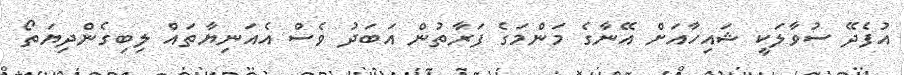
އުފެދޭ ސުވާލަކީ ޝައިހާއަށް އޭނާގެ މަންމަގެ ފަރާތުން އަބަދު ވެސް އެއަނިޔާތައް ލިބިގެންދިޔަތޯ